Report on vaccination in the Province of Bengal - 1874-1889
Year: 1874
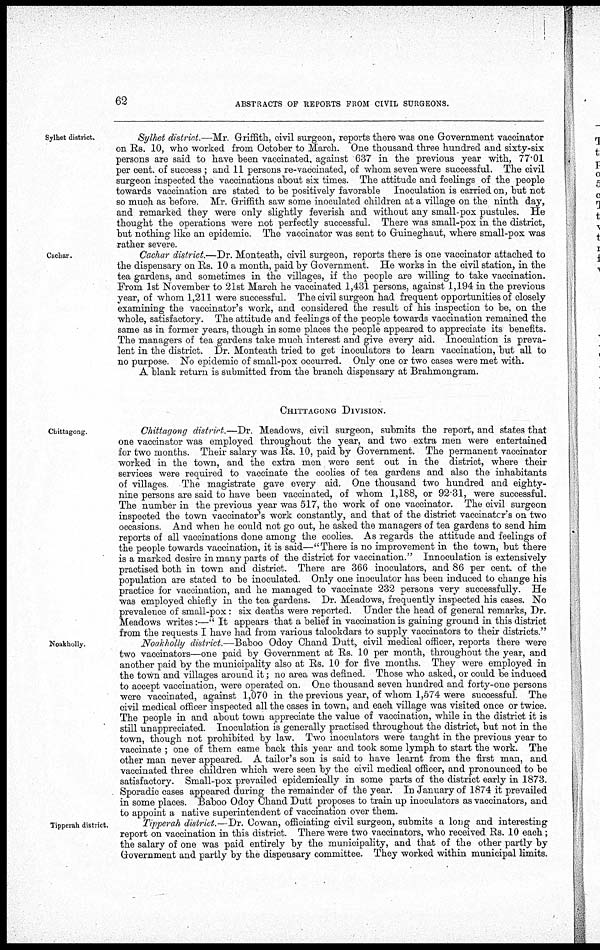
62
ABSTRACTS OF REPORTS FROM CIVIL SURGEONS.
Sylhet district.
Sylhet district.—Mr. Griffith, civil surgeon, reports there was one Government vaccinator
on Rs. 10, who worked from October to March. One thousand three hundred and sixty-six
persons are said to have been vaccinated, against 637 in the previous year with, 77.01
per cent. of success ; and 11 persons re-vaccinated, of whom seven were successful. The civil
surgeon inspected the vaccinations about six times. The attitude and feelings of the people
towards vaccination are stated to be positively favorable Inoculation is carried on, but not
so much as before. Mr. Griffith saw some inoculated children at a village on the ninth day,
and remarked they were only slightly feverish and without any small-pox pustules. He
thought the operations were not perfectly successful. There was small-pox in the district,
but nothing like an epidemic. The vaccinator was sent to Guineghaut, where small-pox was
rather severe.
Cachar.
Cachar district.—Dr. Monteath, civil surgeon, reports there is one vaccinator attached to
the dispensary on Rs. 10 a month, paid by Government. He works in the civil station, in the
tea gardens, and sometimes in the villages, if the people are willing to take vaccination.
From 1st November to 21st March he vaccinated 1,431 persons, against 1,194 in the previous
year, of whom 1,211 were successful. The civil surgeon had frequent opportunities of closely
examining the vaccinator's work, and considered the result of his inspection to be, on the
whole, satisfactory. The attitude and feelings of the people towards vaccination remained the
same as in former years, though in some places the people appeared to appreciate its benefits.
The managers of tea gardens take much interest and give every aid. Inoculation is preva-
lent in the district. Dr. Monteath tried to get inoculators to learn vaccination, but all to
no purpose. No epidemic of small-pox occurred. Only one or two cases were met with.
A blank return is submitted from the branch dispensary at Brahmongram.
CHITTAGONG DIVISION.
Chittagong.
Chittagong district.—Dr. Meadows, civil surgeon, submits the report, and states that
one vaccinator was employed throughout the year, and two extra men were entertained
for two months. Their salary was Rs. 10, paid by Government. The permanent vaccinator
worked in the town, and the extra men were sent out in the district, where their
services were required to vaccinate the coolies of tea gardens and also the inhabitants
of villages
The magistrate gave every aid. One thousand two hundred and eighty-
nine persons are said to have been vaccinated, of whom 1,188, or 92.31, were successful.
The number in the previous year was 517, the work of one vaccinator. The civil surgeon
inspected the town vaccinator's work constantly, and that of the district vaccinator's on two
occasions. And when he could not go out, he asked the managers of tea gardens to send him
reports of all vaccinations done among the coolies. As regards the attitude and feelings of
the people towards vaccination, it is said—"There is no improvement in the town, but there
is a marked desire in many parts of the district for vaccination." Innoculation is extensively
practised both in town and district. There are 366 inoculators, and 86 per cent. of the
population are stated to be inoculated. Only one inoculator has been induced to change his
practice for vaccination, and he managed to vaccinate 232 persons very successfully. He
was employed chiefly in the tea gardens. Dr. Meadows, frequently inspected his cases. No
prevalence of small-pox: six deaths were reported. Under the head of general remarks, Dr.
Meadows writes:—" It appears that a belief in vaccination is gaining ground in this district
from the requests I have had from various talookdars to supply vaccinators to their districts "
Noakholly.
Noakholly district.—Baboo Odoy Chand Dutt, civil medical officer, reports there were
two vaccinators—one paid by Government at Rs. 10 per month, throughout the year, and
another paid by the municipality also at Rs. 10 for five months. They were employed in
the town and villages around it; no area was defined. Those who asked, or could be induced
to accept vaccination, were operated on. One thousand seven hundred and forty-one persons
were vaccinated, against 1,070 in the previous year, of whom 1,574 were successful. The
civil medical officer inspected all the cases in town, and each village was visited once or twice.
The people in and about town appreciate the value of vaccination, while in the district it is
still unappreciated Inoculation is generally practised throughout the district, but not in the
town, though not prohibited by law. Two inoculators were taught in the previous year to
vaccinate ; one of them came back this year and took some lymph to start the work. The
other man never appeared. A tailor's son is said to have learnt from the first man, and
vaccinated three children which were seen by the civil medical officer, and pronounced to be
satisfactory. Small-pox prevailed epidemically in some parts of the district early in 1873.
Sporadic cases appeared during the remainder of the year. In January of 1874 it prevailed
in some places. Baboo Odoy Chand Dutt proposes to train up inoculators as vaccinators, and
to appoint a native superintendent of vaccination over them.
Tipperah district.
Tipperah district.—Dr. Cowan, officiating civil surgeon, submits a long and interesting
report on vaccination in this district. There were two vaccinators, who received Rs. 10 each;
the salary of one was paid entirely by the municipality, and that of the other partly by
Government and partly by the dispensary committee. They worked within municipal limits.